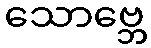
သောဗ္ဘေ